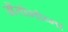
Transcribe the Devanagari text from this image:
अँतोनोव्ना